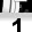
Digit: 1